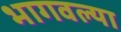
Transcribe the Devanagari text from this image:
भागवल्या